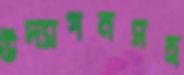
উদ্যাপনসহ